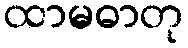
ထာမဓာတု